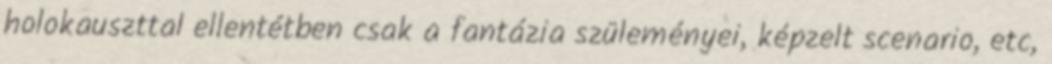
holokauszttal ellentétben csak a fantázia szüleményei, képzelt scenario, etc,